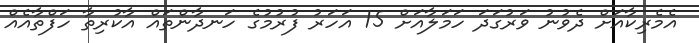
އެމެރިކާއަށް ދެވުނު ވަރުގަދަ ހަމަލާއަށް 15 އަހަރު ފުރުމުގެ ހަނދާންތައް އާކުރިތާ ހަފްތާއެއް